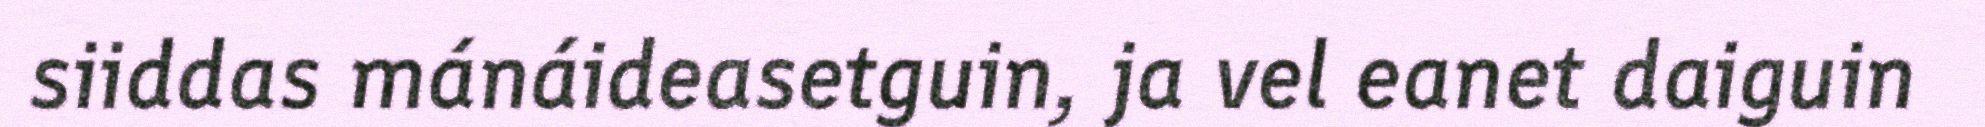
siiddas mánáideasetguin, ja vel eanet daiguin